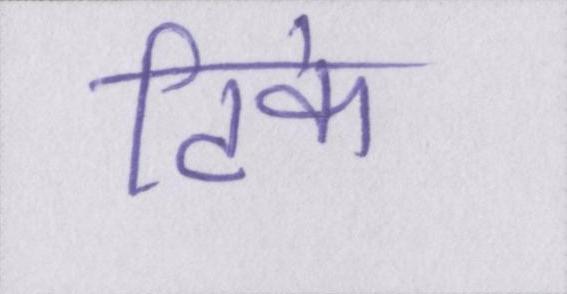
टिके